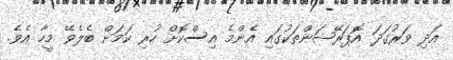
އަދި ވަރުގަދަ އޮޕަރޭޝަންތަކުގައި އެންމެ އިސްކޮށް ހުރި ކަމަށް ބެލެވޭ މީހާ އެވެ.